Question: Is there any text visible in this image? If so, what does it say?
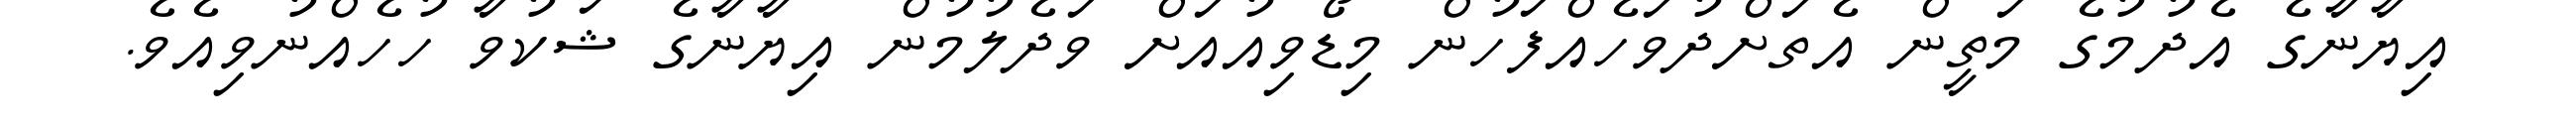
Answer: އިޔާނާގެ އެދުމުގެ މަތީން އެތަށްދުވަހެއްފަހުން މިޑޯވިއުއަށް ވަދެލުމުން އިޔާނާގެ ޝަކުވާ ހުހެއްނުވިއެވެ.